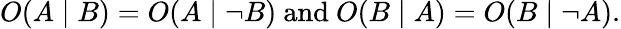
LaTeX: O(A\mid B)=O(A\mid\neg B){\mathrm{~and~}}O(B\mid A)=O(B\mid\neg A).